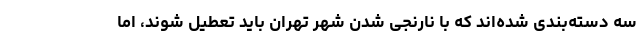
سه دسته‌بندی شده‌اند که با نارنجی شدن شهر تهران باید تعطیل شوند، اما